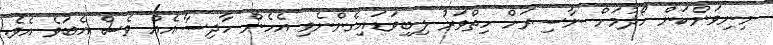
މިނިވަންކަން ހޯދުމަށް ނާސިރަށް ހިތްވަރު ލިބިވަޑައިގެންނެވި އެހެން ހާދިސާއެއް ވެސް އެބަވެ އެވެ.